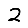
Digit: 2